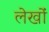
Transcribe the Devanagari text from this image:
लेखोंं